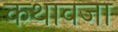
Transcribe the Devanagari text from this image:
कथावजा